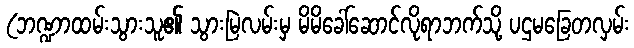
(ဘဏ္ဍာထမ်းသွားသူ၏ သွားမြဲလမ်းမှ မိမိခေါ်ဆောင်လိုရာဘက်သို့ ပဌမခြေတလှမ်း